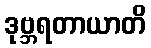
ဒုဗ္ဘရတာယာတိ